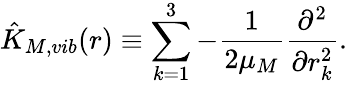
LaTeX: \hat{K}_{M,vib}(r)\equiv\sum_{k=1}^{3}-{\frac{1}{2\mu_{M}}}{\frac{\partial^{2}}{\partial r_{k}^{2}}}.